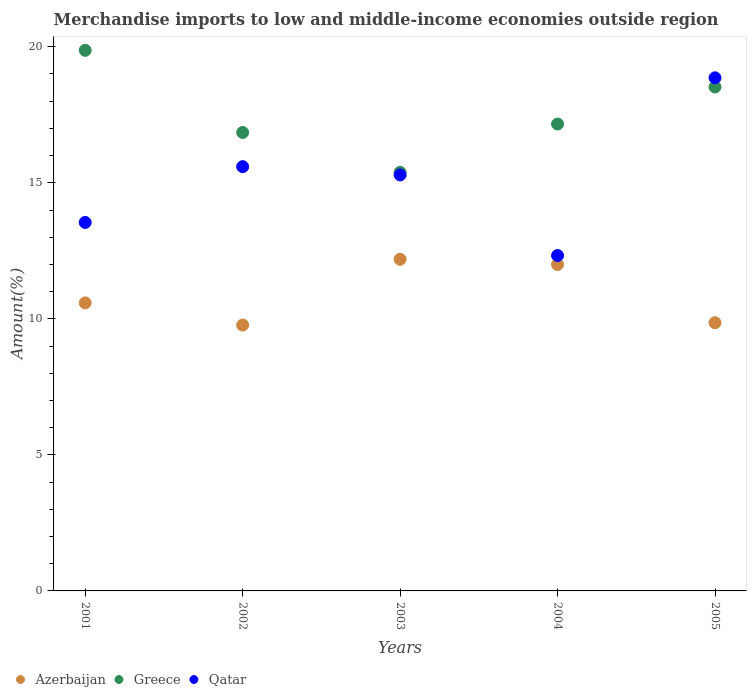
| Years | Azerbaijan | Greece | Qatar |
 | --- | --- | --- | --- |
 | 2001 | 10.6 | 19.9 | 13.5 |
 | 2002 | 9.77 | 16.9 | 15.6 |
 | 2003 | 12.2 | 15.4 | 15.3 |
 | 2004 | 12 | 17.2 | 12.3 |
 | 2005 | 9.86 | 18.5 | 18.9 |